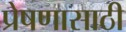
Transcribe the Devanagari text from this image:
प्रेषणासाठी